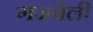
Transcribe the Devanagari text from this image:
गजबेली